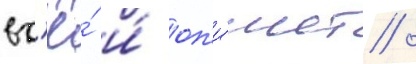
вс'ё́ и́ оп'и́шет /